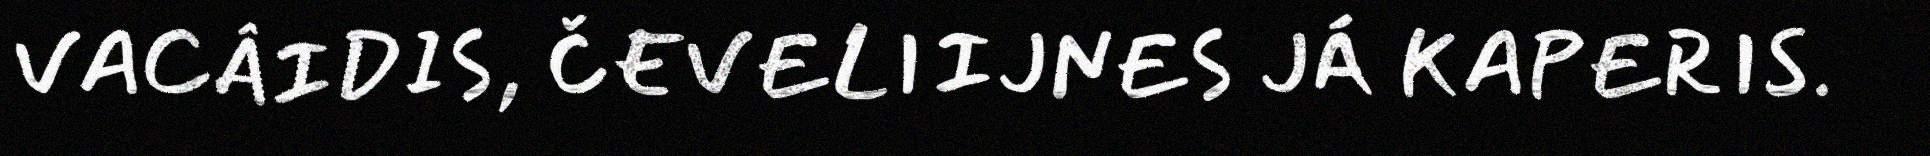
VACÂIDIS, ČEVELIIJNES JÁ KAPERIS.